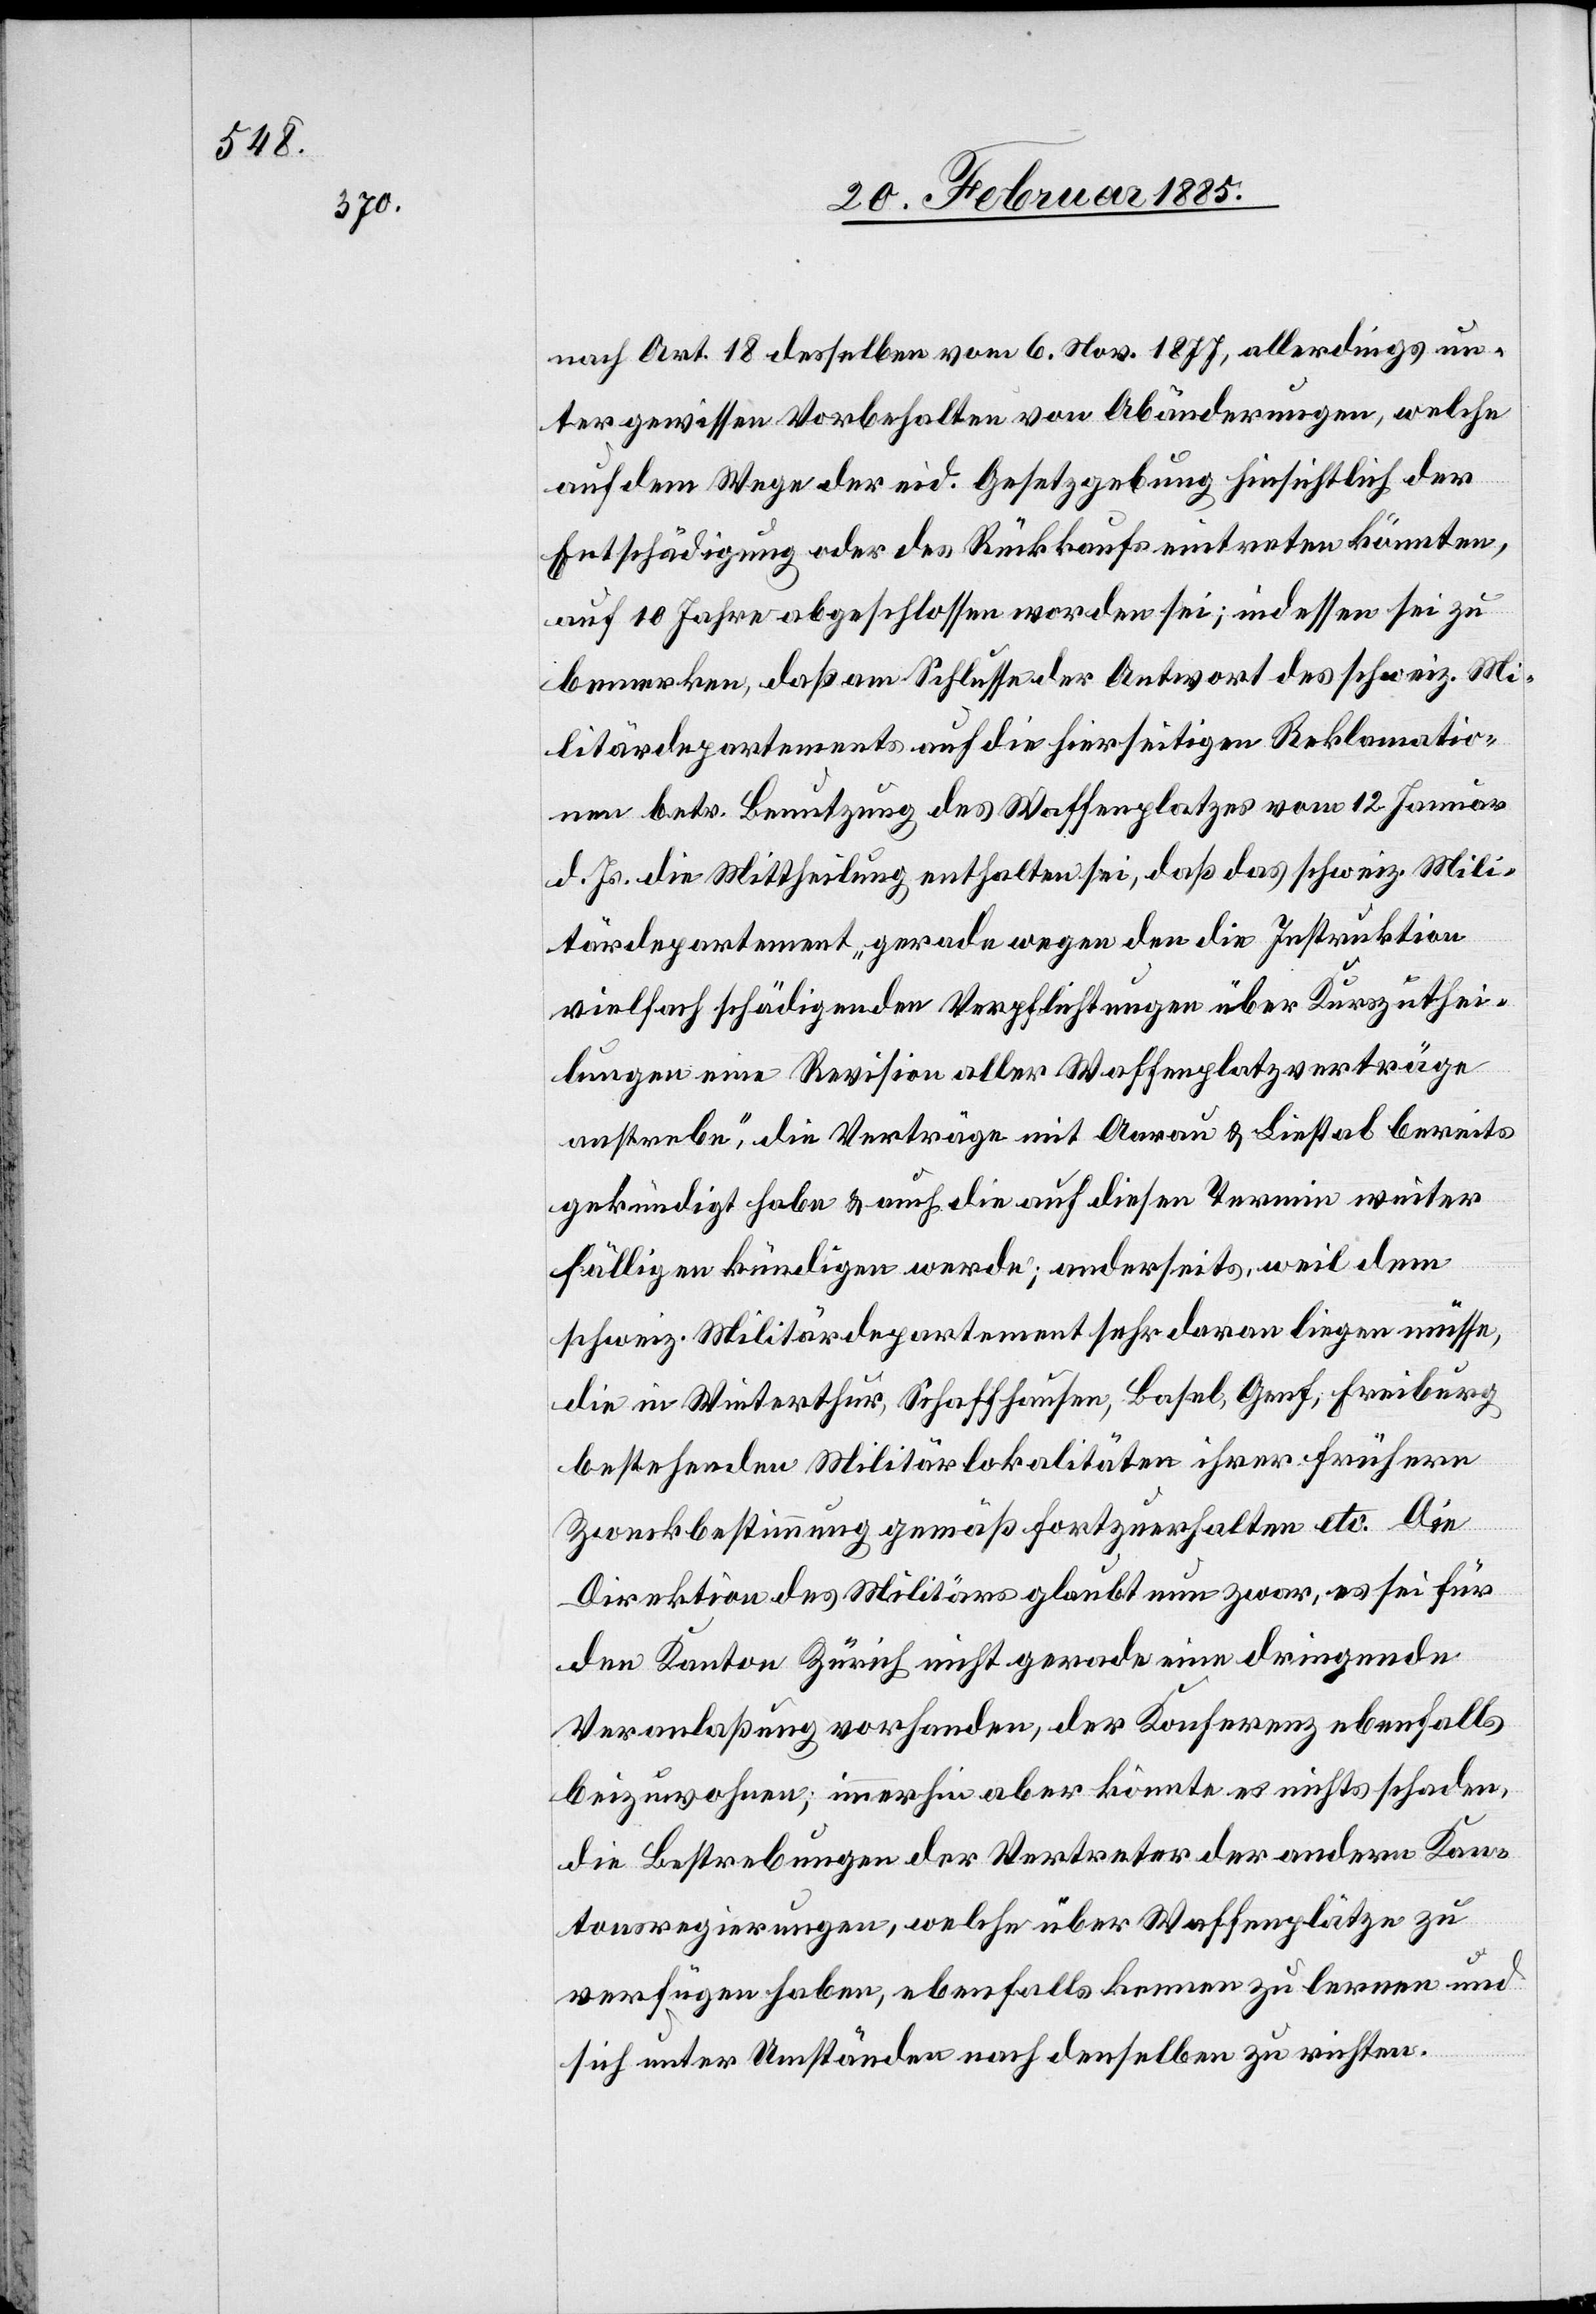
nach Art. 18 desselben vom 6. Nov. 1877, allerdings un¬
ter gewissen Vorbehalten von Abänderungen, welche
auf dem Wege der eid. Gesetzgebung hinsichtlich der
Entschädigung oder des Rückkaufs eintreten könnten,
auf 10 Jahre abgeschlossen worden sei; indessen sei zu
bemerken, daß am Schlusse der Antwort des schweiz. Mi¬
litärdepartements auf die hierseitigen Reklamatio¬
nen betr. Benutzung des Waffenplatzes vom 12. Januar
d. Js. die Mittheilung enthalten sei, daß das schweiz. Mili¬
tärdepartement „gerade wegen den die Instruktion
vielfach schädigenden Verpflichtungen über Kurszuthei¬
lungen eine Revision aller Waffenplatzverträge
anstrebe“, die Verträge mit Aarau & Liestal bereits
gekündigt habe & auch die auf diesen Termin weiter
fälligen kündigen werde; anderseits, weil dem
schweiz. Militärdepartement sehr daran liegen müsse,
die in Winterthur, Schaffhausen, Basel, Genf, Freiburg
bestehenden Militärlokalitäten ihrer frühern
Zweckbestimmung gemäß fortzuerhalten etc. Die
Direktion des Militärs glaubt nun zwar, es sei für
den Kanton Zürich nicht gerade eine dringende
Veranlaßung vorhanden, der Konferenz ebenfalls
beizuwohnen; immerhin aber könnte es nicht schaden,
die Bestrebungen der Vertreter der andern Kan¬
tonsregierungen, welche über Waffenplätze zu
verfügen haben, ebenfalls kennen zu lernen und
sich unter Umständen nach denselben zu richten.